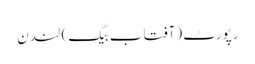
رپورٹ (آفتاب بیگ) لندن